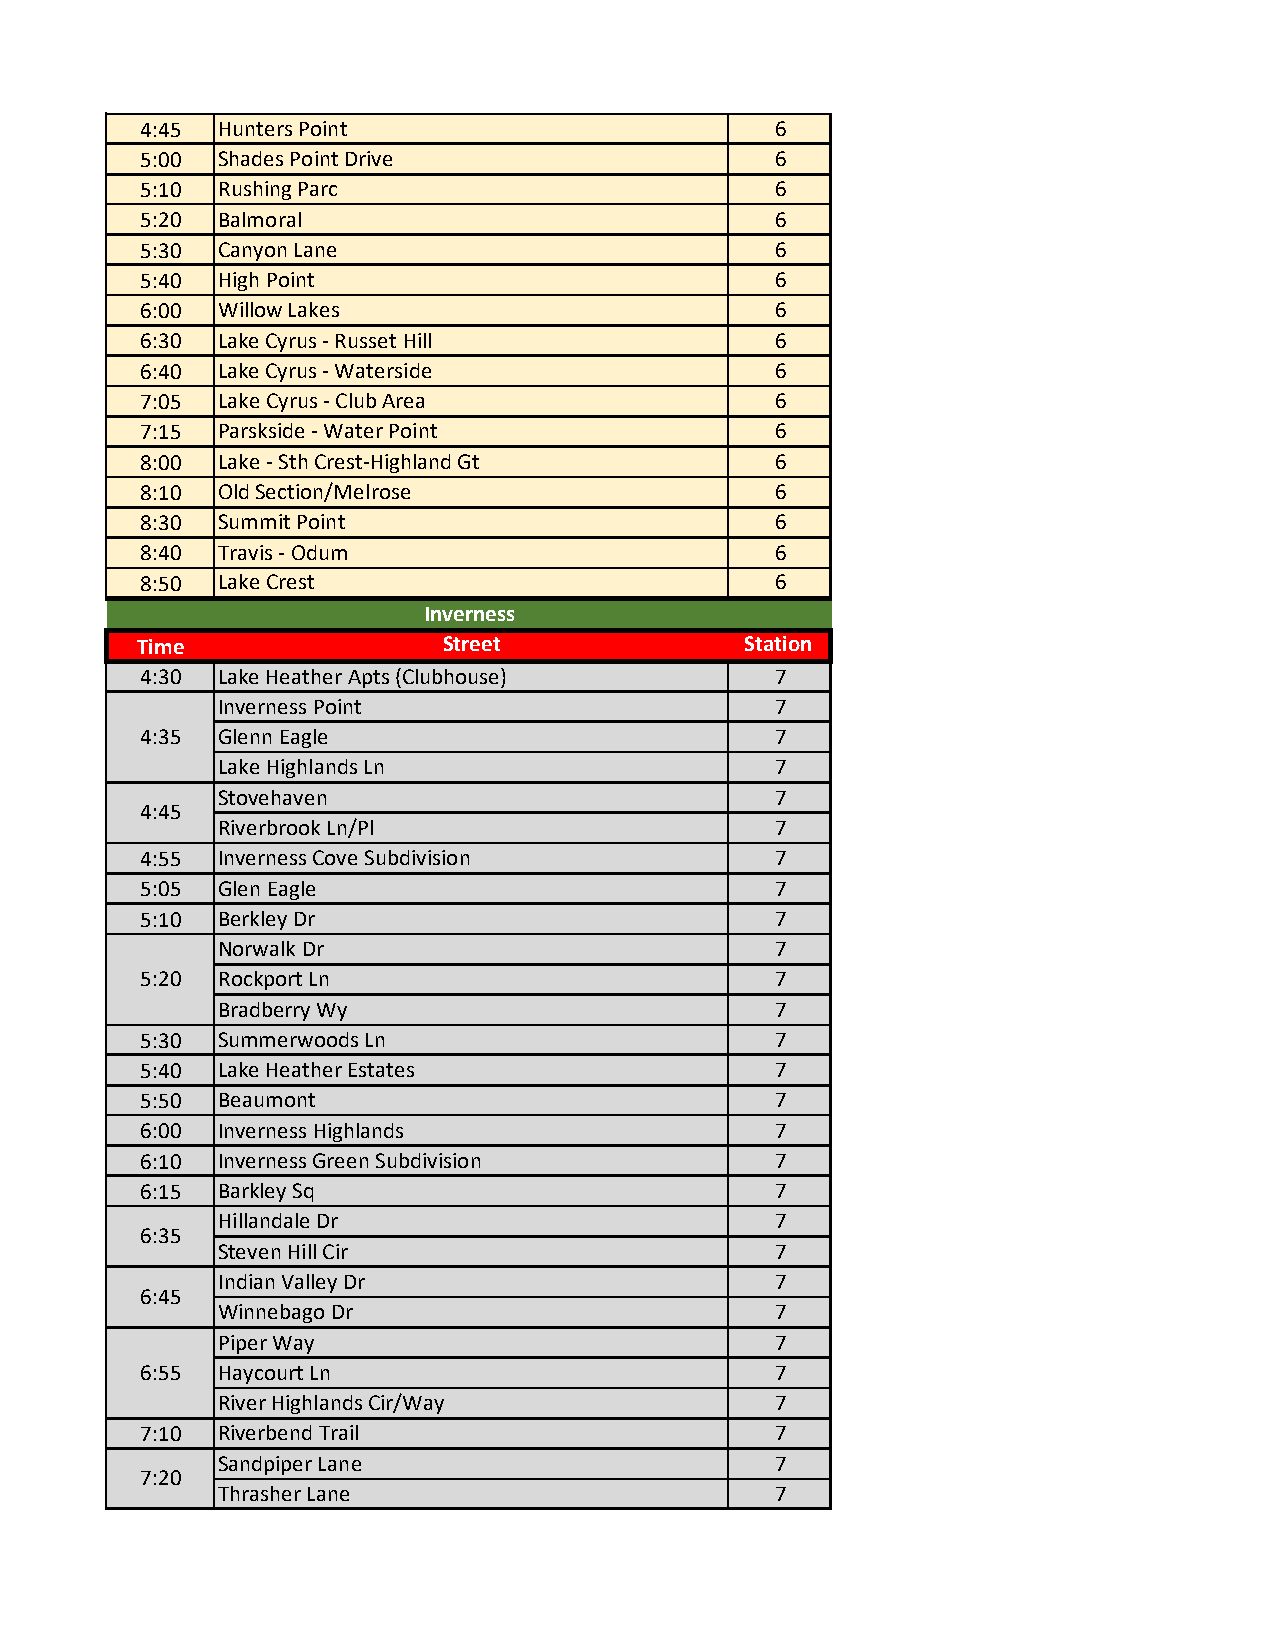
4:45 Hunters Point                        6
 5:00 Shades Point Drive                   6
 5:10 Rushing Parc                         6
 5:20 Balmoral                             6
 5:30 Canyon Lane                          6
 5:40 High Point                           6
 6:00 Willow Lakes                         6
 6:30 Lake Cyrus - Russet Hill             6
 6:40 Lake Cyrus - Waterside               6
 7:05 Lake Cyrus - Club Area               6
 7:15 Parskside - Water Point              6
 8:00 Lake - Sth Crest-Highland Gt         6
 8:10 Old Section/Melrose                  6
 8:30 Summit Point                         6
 8:40 Travis - Odum                        6
 8:50 Lake Crest                           6
 Inverness
 Time                 Street              Station
 4:30 Lake Heather Apts (Clubhouse)        7
 Inverness Point                      7
 4:35 Glenn Eagle                          7
 Lake Highlands Ln                    7
 Stovehaven                           7
 4:45
 Riverbrook Ln/Pl                     7
 4:55 Inverness Cove Subdivision           7
 5:05 Glen Eagle                           7
 5:10 Berkley Dr                           7
 Norwalk Dr                           7
 5:20 Rockport Ln                          7
 Bradberry Wy                         7
 5:30 Summerwoods Ln                       7
 5:40 Lake Heather Estates                 7
 5:50 Beaumont                             7
 6:00 Inverness Highlands                  7
 6:10 Inverness Green Subdivision          7
 6:15 Barkley Sq                           7
 Hillandale Dr                        7
 6:35
 Steven Hill Cir                      7
 Indian Valley Dr                     7
 6:45
 Winnebago Dr                         7
 Piper Way                            7
 6:55 Haycourt Ln                          7
 River Highlands Cir/Way              7
 7:10 Riverbend Trail                      7
 Sandpiper Lane                       7
 7:20
 Thrasher Lane                        7